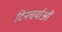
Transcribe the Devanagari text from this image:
दिनचर्याओं